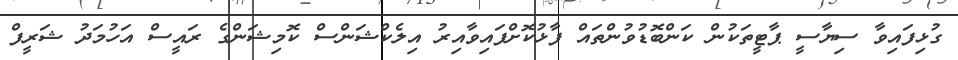
ގުޅިފައިވާ ސިޔާސީ ޕާޓީތަކުން ކަންބޮޑުވުންތައް ފާޅުކޮށްފައިވާއިރު އިލެކްޝަންސް ކޮމިޝަންގެ ރައީސް އަހުމަދު ޝަރީފް